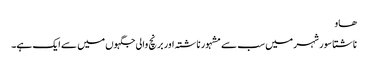
ھاو
ناشتا سور شہر میں سب سے مشہور ناشتہ اور برنچ والی جگہوں میں سے ایک ہے۔